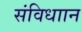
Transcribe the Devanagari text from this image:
संविधाान